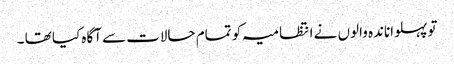
تو پہلواناندہ والوں نے انتظامیہ کو تمام حالات سے آگاہ کیا تھا ۔